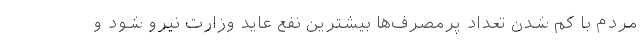
مردم با کم شدن تعداد پرمصرف‌ها بیشترین نفع عاید وزارت نیرو شود و